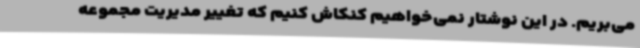
می‌بریم. در این نوشتار نمی‌خواهیم کنکاش کنیم که تغییر مدیریت مجموعه